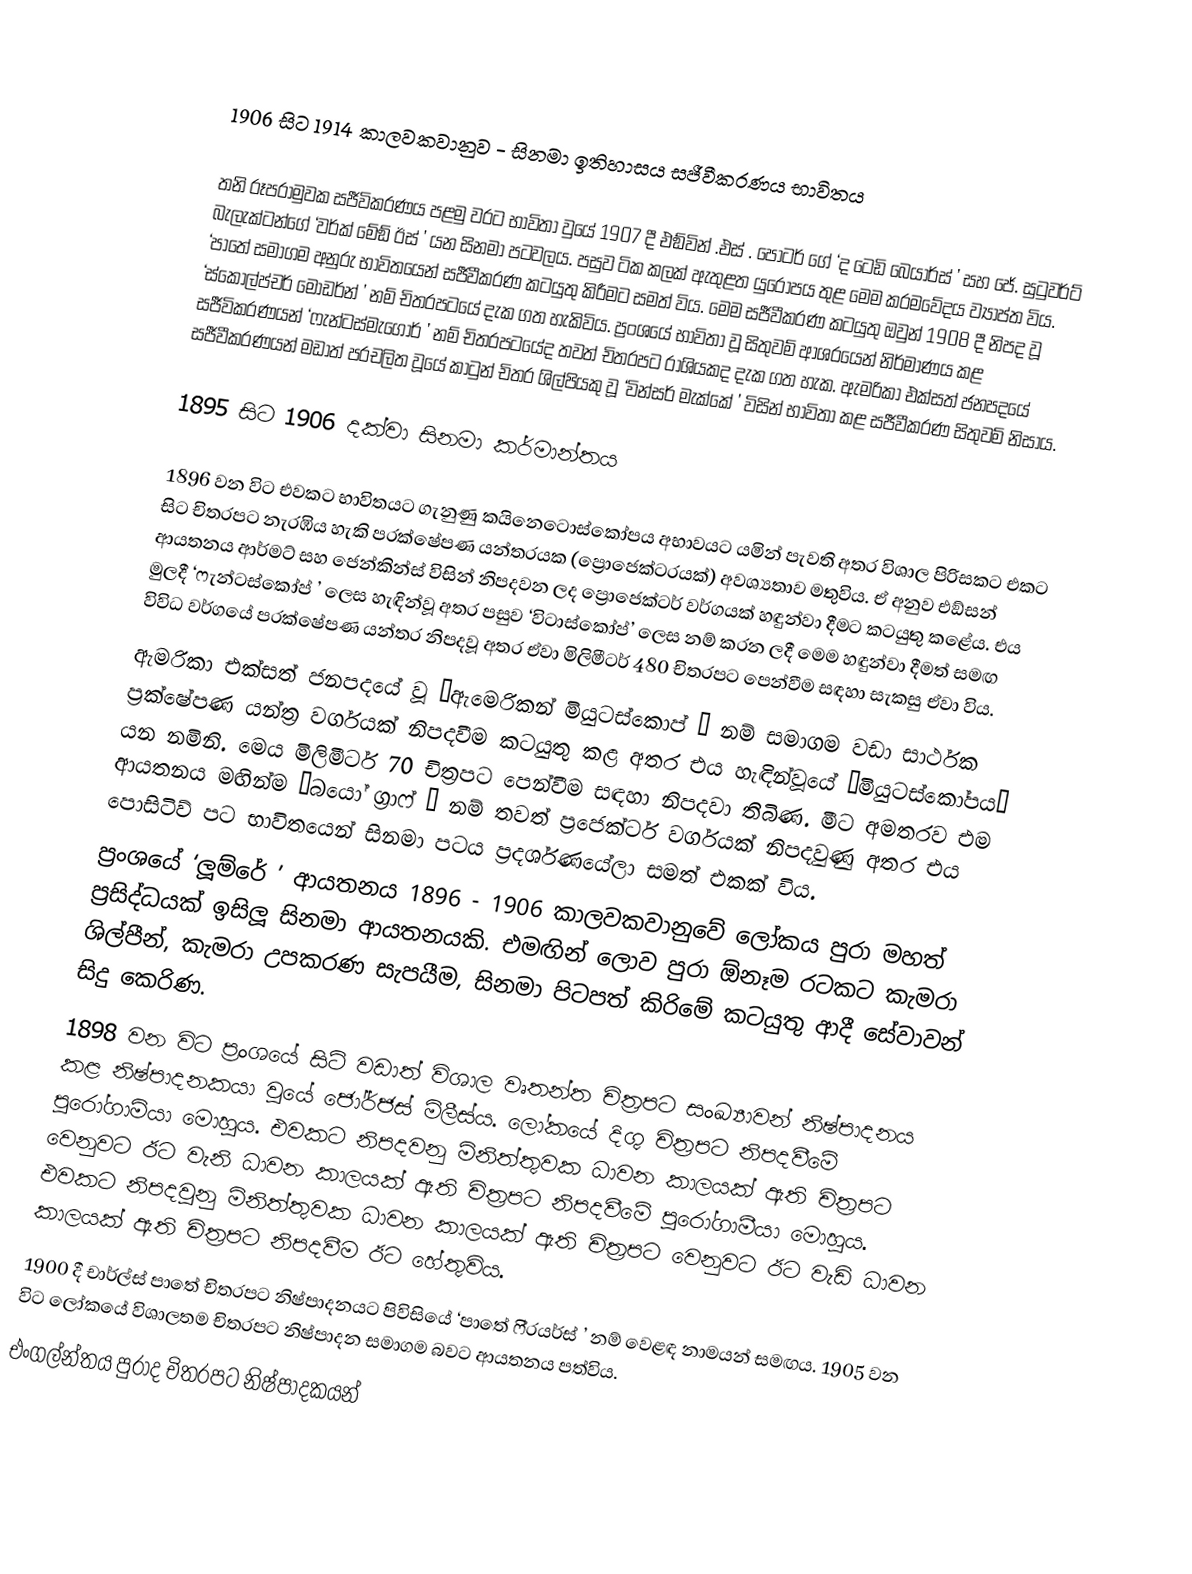

1906 සිට 1914 කාලවකවානුව - සිනමා ඉතිහාසය සජීවීකරණය භාවිතය

තනි රූපරාමුවක සජීවිකරණය පළමු වරට භාවිතා වුයේ 1907 දී එඞ්වින් .එස් . පෝටර් ගේ ‘ද ටෙඩි බෙයාර්ස් ’ සහ ජේ. සුටුවර්ට් බැලැක්ටන්ගේ ‘වර්ක් මේඞ් ඊස් ’ යන සිනමා පටවලය. පසුව ටික කලක් ඇතුළත යුරෝපය තුළ මෙම ක‍්‍රමවේදය ව්‍යාප්ත විය. ‘පාතේ සමාගම අනුරු භාවිතයෙන් සජීවීකරණ කටයුතු කිරීමට සමත් විය. මෙම සජීවීකරණ කටයුතු ඔවුන් 1908 දී නිපද වූ ‘ස්කොල්ප්චර් මොඩර්න් ’ නම් චිත‍්‍රපටයේ දැක ගත හැකිවිය. ප්‍රංශයේ භාවිතා වූ සිතුවම් ආශ‍්‍රයෙන් නිර්මාණය කළ සජීවිකරණයන් ‘ෆැන්ටස්මැගෝර් ’ නම් චිත‍්‍රපටයේද තවත් චිත‍්‍රපට රාශියකද දැක ගත හැක. ඇමරිකා එක්සත් ජනපදයේ සජීවීකරණයන් මඩාත් ප‍්‍රචලිත වූයේ කාටුන් චිත‍්‍ර ශිල්පියකු වූ ‘වින්සර් මැක්කේ ’ විසින් භාවිතා කළ සජීවීකරණ සිතුවම් නිසාය.

1895 සිට 1906 දක්වා සිනමා කර්මාන්තය

1896 වන විට එවකට භාවිතයට ගැනුණු කයිනෙටොස්කෝපය අභාවයට යමින් පැවති අතර විශාල පිරිසකට එකට සිට චිත‍්‍රපට නැරඹිය හැකි ප‍්‍රක්ෂේපණ යන්ත‍්‍රයක (ප්‍රොජෙක්ටරයක්) අවශ්‍යතාව මතුවිය. ඒ අනුව එඞ්සන් ආයතනය ආර්මට් සහ ජෙන්කින්ස් විසින් නිපදවන ලද ප්‍රොජෙක්ටර් වර්ගයක් හඳුන්වා දීමට කටයුතු කළේය. එය මුලදී ‘ෆැන්ටස්කෝප් ’ ලෙස හැඳින්වූ අතර පසුව ‘විටාස්කෝප්’ ලෙස නම් කරන ලදී මෙම හඳුන්වා දීමත් සමඟ විවිධ වර්ගයේ ප‍්‍රක්ෂේපණ යන්ත‍්‍ර නිපදවූ අතර ඒවා මිලිමීටර් 480 චිත‍්‍රපට පෙන්වීම සඳහා සැකසු ඒවා විය.
	ඇමරිකා එක්සත් ජනපදයේ වූ ‘ඇමෙරිකන් මියුටස්කොප් ’ නම් සමාගම වඩා සාර්ථක ප‍්‍රක්ෂේපණ යන්ත‍්‍ර වර්ගයක් නිපදවීම කටයුතු කළ අතර එය හැඳින්වූයේ ‘මියුටස්කෝපය’ යන නමිනි. මෙය මිලිමීටර් 70 චිත‍්‍රපට පෙන්වීම සඳහා නිපදවා තිබිණ. මීට අමතරව එම ආයතනය මඟින්ම ‘බයෝ ග‍්‍රාෆ් ’ නම් තවත් ප‍්‍රජෙක්ටර් වර්ගයක් නිපදවුණු අතර එය පොසිටිව් පට භාවිතයෙන් සිනමා පටය ප‍්‍රදර්ශණයේලා සමත් එකක් විය.
	ප‍්‍රංශයේ ‘ලූම්රේ ’ ආයතනය 1896 - 1906 කාලවකවානුවේ ලෝකය පුරා මහත් ප‍්‍රසිද්ධයක් ඉසිලූ සිනමා ආයතනයකි. එමඟින් ලොව පුරා  ඕනෑම රටකට කැමරා ශිල්පීන්, කැමරා උපකරණ සැපයීම, සිනමා පිටපත් කිරිමේ කටයුතු ආදී සේවාවන් සිදු කෙරිණ.
	1898 වන විට ප‍්‍රංශයේ සිටි වඩාත් විශාල වෘතන්ත චිත‍්‍රපට සංඛ්‍යාවන් නිෂ්පාදනය කළ නිෂ්පාදනකයා වුයේ ජෝර්ජස් මිලීස්ය. ලෝකයේ දිගු චිත‍්‍රපට නිපදවීමේ පුරෝගාමියා මොහුය. එවකට නිපදවනු මිනිත්තුවක ධාවන කාලයක් ඇති චිත‍්‍රපට වෙනුවට ඊට වැනි ධාවන කාලයක් ඇති චිත‍්‍රපට නිපදවීමේ පුරෝගාමීයා මොහුය. එවකට නිපදවුනු මිනිත්තුවක ධාවන කාලයක් ඇති චිත‍්‍රපට වෙනුවට ඊට වැඩි ධාවන කාලයක් ඇති චිත‍්‍රපට නිපදවීම ඊට හේතුවිය.
	1900 දී චාර්ල්ස් පාතේ චිත‍්‍රපට නිෂ්පාදනයට පිවිසියේ ‘පාතේ ෆි‍්‍රයර්ස් ’ නම් වෙළඳ නාමයන් සමඟය. 1905 වන විට ලෝකයේ විශාලතම චිත‍්‍රපට නිෂ්පාදන සමාගම බවට ආයතනය පත්විය.
	එංගල්න්තය පුරාද චිත‍්‍රපට නිෂ්පාදකයන්